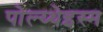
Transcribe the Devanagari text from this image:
पोल्य्थेइस्म